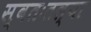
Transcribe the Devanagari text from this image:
स्वतःतल्या